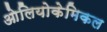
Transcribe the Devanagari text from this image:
ओलियोकेमिकल